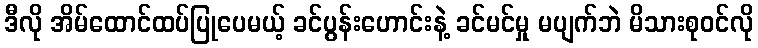
ဒီလို အိမ်ထောင်ထပ်ပြုပေမယ့် ခင်ပွန်းဟောင်းနဲ့ ခင်မင်မှု မပျက်ဘဲ မိသားစုဝင်လို